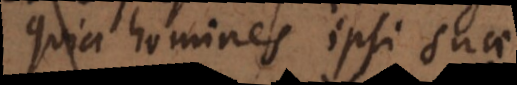
Quia homines ipsi suae